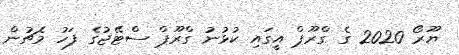
ޔޫރޯ 2020 ގެ ގްރޫޕް އީގައި ކުޅުނު ގްރޫޕް ސްޓޭޖުގެ ފަހު މެޗުން